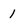
Character: 1